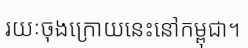
រយៈចុងក្រោយនេះនៅកម្ពុជា។